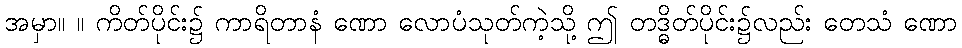
အမှာ။ ။ ကိတ်ပိုင်း၌ ကာရိတာနံ ဏော လောပံသုတ်ကဲ့သို့ ဤ တဒ္ဓိတ်ပိုင်း၌လည်း တေသံ ဏော